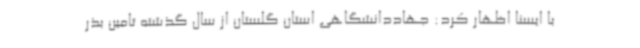
با ایسنا اظهار کرد: جهاددانشگاهی استان گلستان از سال گذشته تامین بذر